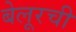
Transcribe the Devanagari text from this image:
बेलूरची